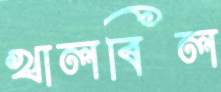
খালবিল